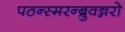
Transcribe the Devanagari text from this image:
पठन्स्मरन्ब्रुवन्नरो